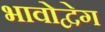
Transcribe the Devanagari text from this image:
भावोद्वेग